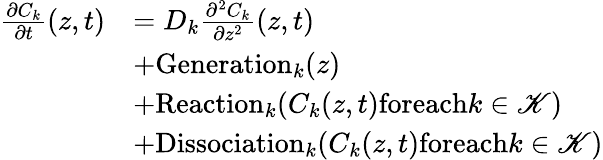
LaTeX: \begin{array}{rl}{\frac{\partial C_{k}}{\partial t}(z,t)}&{=D_{k}\frac{\partial^{2}C_{k}}{\partial z^{2}}(z,t)}\\ &{+\textrm{Generation}_{k}(z)}\\ &{+\textrm{Reaction}_{k}(C_{k}(z,t)\textrm{foreach}k\in\mathscr{K})}\\ &{+\textrm{Dissociation}_{k}(C_{k}(z,t)\textrm{foreach}k\in\mathscr{K})}\end{array}